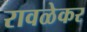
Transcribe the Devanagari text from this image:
रावळेकर